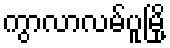
ကွာလာလမ်ပူမြို့